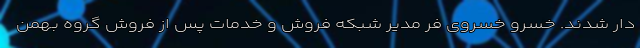
دار شدند. خسرو خسروی فر مدیر شبکه فروش و خدمات پس از فروش گروه بهمن